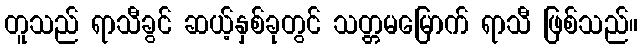
တူသည် ရာသီခွင် ဆယ့်နှစ်ခုတွင် သတ္တမမြောက် ရာသီ ဖြစ်သည်။